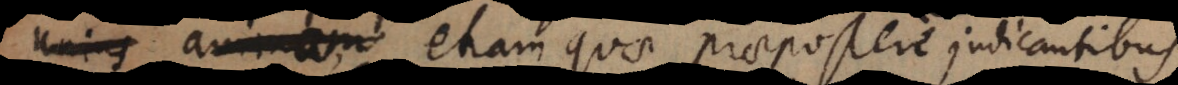
animam, etiam quae praepostere judicantibus